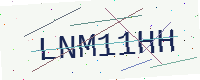
Text: LNM11HH